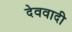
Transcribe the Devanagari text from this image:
देववादी